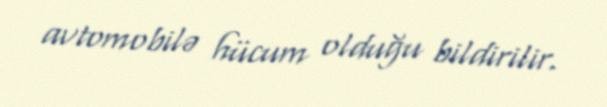
avtomobilə hücum olduğu bildirilir.